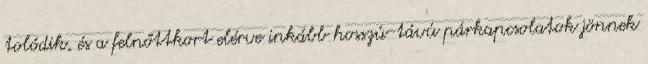
tolódik, és a felnőttkort elérve inkább hosszú-távú párkapcsolatok jönnek